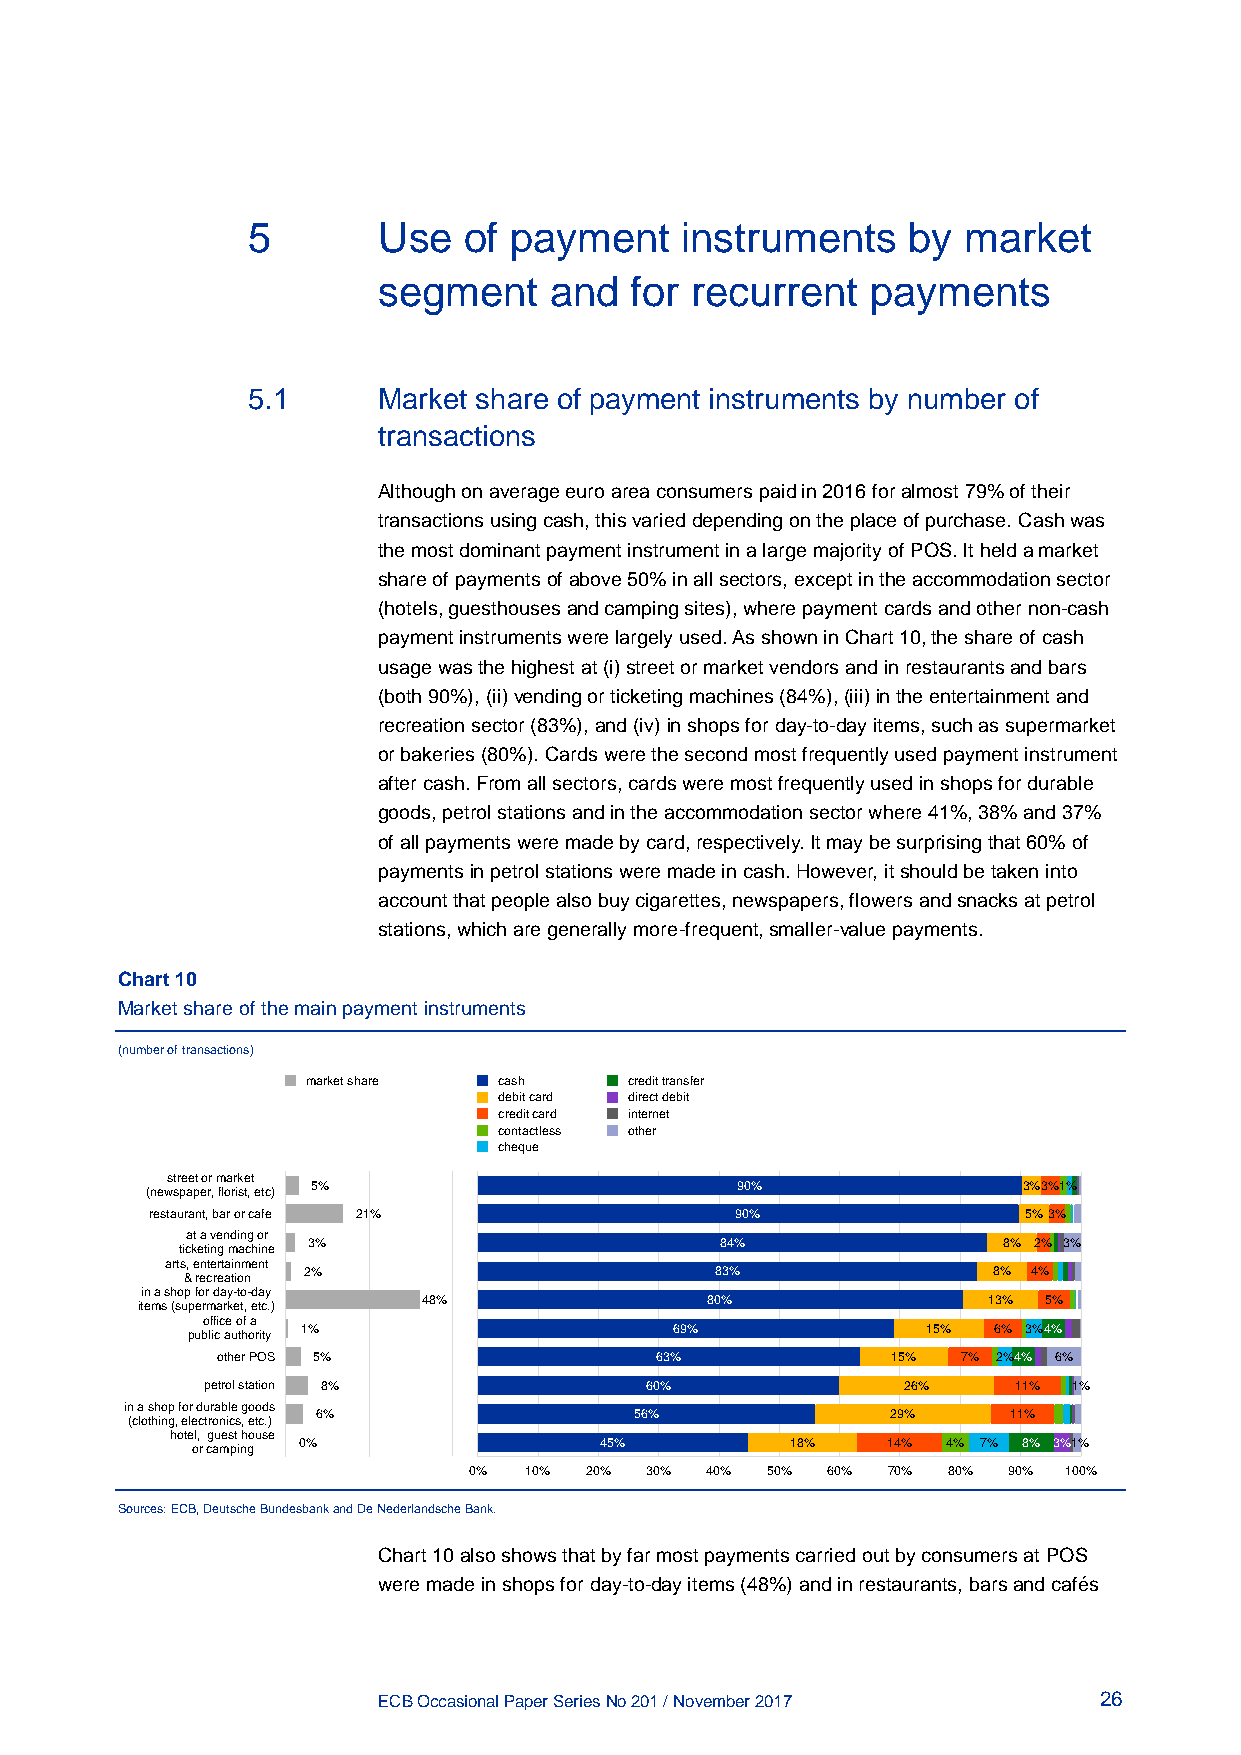
5        Use   of payment    instruments    by  market
 segment    and   for recurrent   payments
 5.1      Market share of payment instruments by number of
 transactions
 Although on average euro area consumers paid in 2016 for almost 79% of their
 transactions using cash, this varied depending on the place of purchase. Cash was
 the most dominant payment instrument in a large majority of POS. It held a market
 share of payments of above 50% in all sectors, except in the accommodation sector
 (hotels, guesthouses and camping sites), where payment cards and other non-cash
 payment instruments were largely used. As shown in Chart 10, the share of cash
 usage was the highest at (i) street or market vendors and in restaurants and bars
 (both 90%), (ii) vending or ticketing machines (84%), (iii) in the entertainment and
 recreation sector (83%), and (iv) in shops for day-to-day items, such as supermarket
 or bakeries (80%). Cards were the second most frequently used payment instrument
 after cash. From all sectors, cards were most frequently used in shops for durable
 goods, petrol stations and in the accommodation sector where 41%, 38% and 37%
 of all payments were made by card, respectively. It may be surprising that 60% of
 payments in petrol stations were made in cash. However, it should be taken into
 account that people also buy cigarettes, newspapers, flowers and snacks at petrol
 stations, which are generally more-frequent, smaller-value payments.
 Chart 10
 Market share of the main payment instruments
 (number of transactions)
 market share cash     credit transfer
 debit card direct debit
 credit card internet
 contactless other
 cheque
 street or market
 5%                          90%                3%3%1%
 (newspaper, florist, etc)
 restaurant, bar or cafe 21%            90%                5%3%
 at a vending or
 3%                          84%               8% 2% 3%
 ticketing machine
 arts, entertainment
 2%                         83%                8% 4%
 & recreation
 in a shop for day-to-day
 48%                80%               13% 5%
 items (supermarket, etc.)
 office of a
 1%                       69%             15%  6% 3%4%
 public authority
 other POS 5%                 63%             15%  7% 2%4% 6%
 petrol station 8%             60%              26%    11% 1%
 in a shop for durable goods
 6%                   56%              29%     11%
 (clothing, electronics, etc.)
 hotel, guest house
 0%                  45%         18%    14% 4% 7% 8% 3%1%
 or camping
 0%  10% 20% 30% 40% 50% 60% 70% 80% 90% 100%
 Sources: ECB, Deutsche Bundesbank and De Nederlandsche Bank.
 Chart 10 also shows that by far most payments carried out by consumers at POS
 were made in shops for day-to-day items (48%) and in restaurants, bars and cafés
 ECB Occasional Paper Series No 201 / November 2017 26